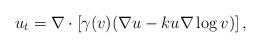
LaTeX: \begin{align*}u_t=\nabla\cdot\left[\gamma(v)(\nabla u-ku\nabla \log v)\right], \end{align*}